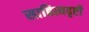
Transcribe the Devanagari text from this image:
साहित्यदृष्टी